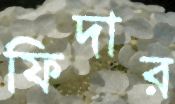
ফিদার